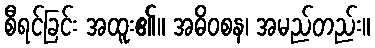
စီရင်ခြင်း အထူး၏။ အဓိဝစန၊ အမည်တည်း။